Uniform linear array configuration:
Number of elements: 64
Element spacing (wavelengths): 0.5
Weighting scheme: kaiser
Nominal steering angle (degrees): -60
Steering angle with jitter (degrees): -58.926
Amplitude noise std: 0.05
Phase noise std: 0.05

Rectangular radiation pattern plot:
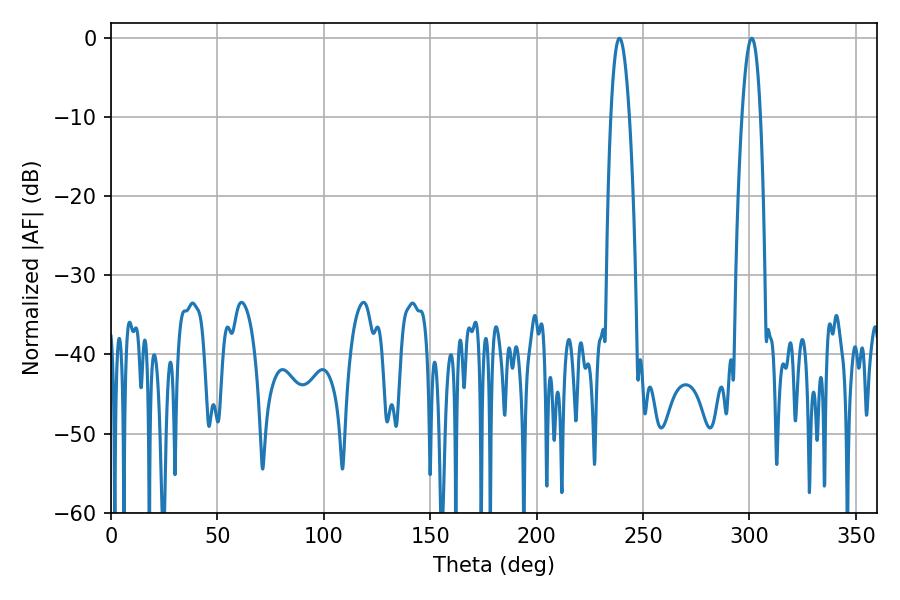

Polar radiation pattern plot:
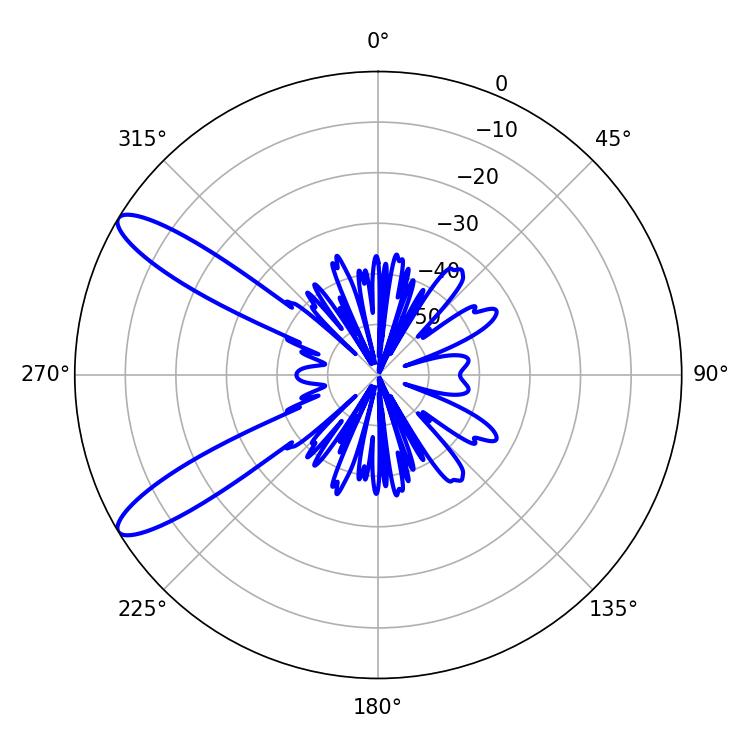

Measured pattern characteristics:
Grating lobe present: FALSE
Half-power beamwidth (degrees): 4.68
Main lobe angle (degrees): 301.14